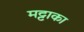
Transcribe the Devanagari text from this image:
मट्टाका